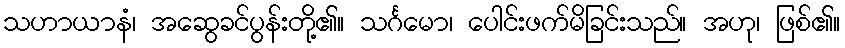
သဟာယာနံ၊ အဆွေခင်ပွန်းတို့၏။ သင်္ဂမော၊ ပေါင်းဖက်မိခြင်းသည်။ အဟု၊ ဖြစ်၏။